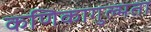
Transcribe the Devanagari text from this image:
कणिकागुल्मता